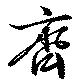
齊